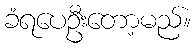
ခံရပေဦးတော့မည်။